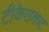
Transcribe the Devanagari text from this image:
टीकेसकट